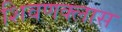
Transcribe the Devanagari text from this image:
शिवणक्लास